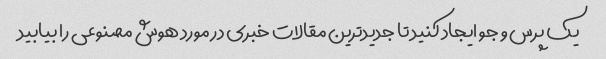
یک پرس و جو ایجاد کنید تا جدیدترین مقالات خبری در مورد هوش مصنوعی را بیابید